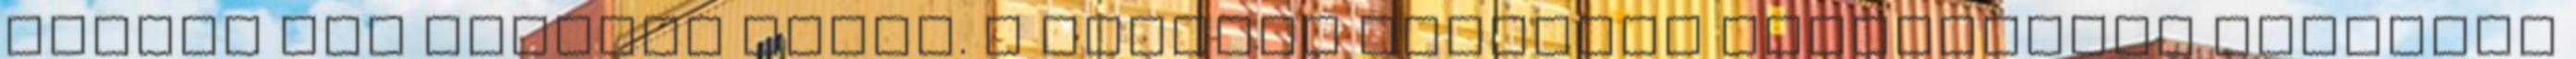
idõben még Sósmezõ elõtt. A szovjet csapatok elfoglalják Foksányt